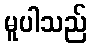
မူပါသည်